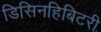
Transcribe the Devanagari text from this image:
डिसिनहिबिटरी